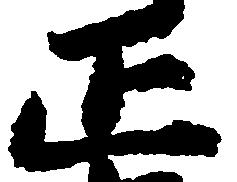
正